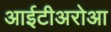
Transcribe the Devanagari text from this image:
आईटीअरोआ